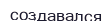
создавался